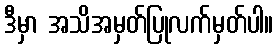
ဒီမှာ အသိအမှတ်ပြုလက်မှတ်ပါ။